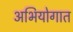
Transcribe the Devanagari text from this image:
अभियोगात